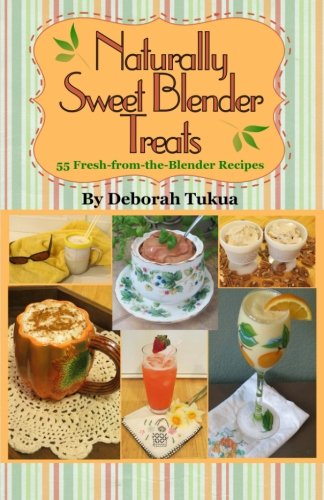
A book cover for Naturally Sweet Blender Treats: 55 Fresh-from-the-Blender Recipes; Deborah Tukua; Cookbooks, Food & Wine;